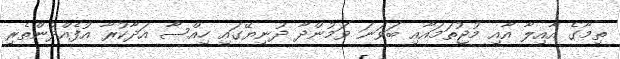
ތިމާގެ އާއިލާ އާއި މުޖުތަމައާއި ބަވަނަ ވަމުންދާ ދުނިޔޭގައި ހިއްސާ އަދާކުރާ އުފެއްދުންތެރި